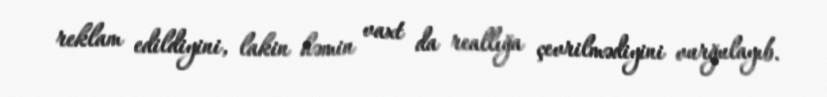
reklam edildiyini, lakin həmin vaxt da reallığa çevrilmədiyini vurğulayıb.